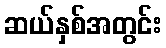
ဆယ်နှစ်အတွင်း